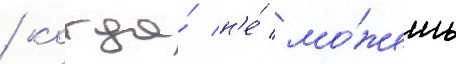
/ когда́ н'е́ мо́жешь